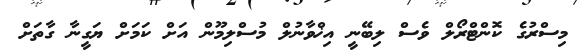
މިސްރުގެ ކޮންޓްރޯލް ވެސް ލިބޭނީ އިޚްވާނުލް މުސްލިމޫން އަށް ކަމަށް ޔަގީނާ ގާތަށް